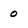
Character: 0